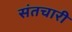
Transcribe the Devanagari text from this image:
संतचारी